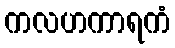
ကလဟကာရကံ